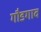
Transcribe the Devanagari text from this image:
गौडगाव